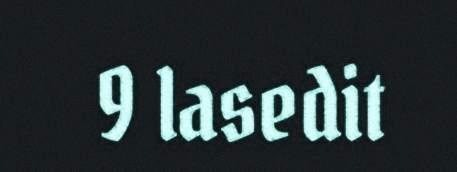
9 lasedit